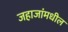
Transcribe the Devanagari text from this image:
जहाजांमधील